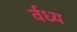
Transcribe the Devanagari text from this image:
र्वध्य